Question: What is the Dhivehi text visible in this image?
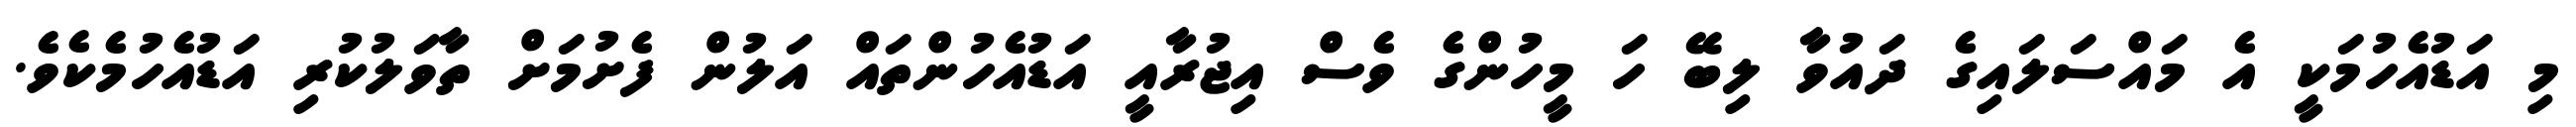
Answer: މި އަޑުއެހުމަކީ އެ މައްސަލައިގެ ދައުވާ ލިބޭ ހަ މީހުންގެ ވެސް އިޖުރާއީ އަޑުއެހުންތައް އަލުން ފެށުމަށް ތާވަލުކުރި އަޑުއެހުމެކެވެ.